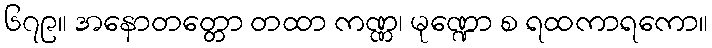
၆၇၉။ အနောတတ္တော တထာ ကဏ္ဏ၊ မုဏ္ဍော စ ရထကာရကော။